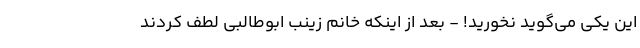
این یکی می‌گوید نخورید! - بعد از اینکه خانم زینب ابوطالبی لطف کردند